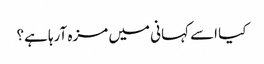
کیا اسے کہانی میں مزہ آرہا ہے؟